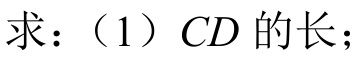
求：（1）$CD$的长；